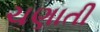
ચણાતી